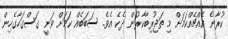
ކުރާނެ އެއްޗެއްކަމަށް މި ތަޖުރިބާކާރުން ދެކެ އެވެ. ސަބަބެއް ކަމަށް ވަނީ ގަސްގަހާގެހިން